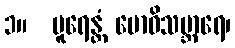
၁။  ပူရေန္တံ ဗောဓိသမ္ဘာရေ၊